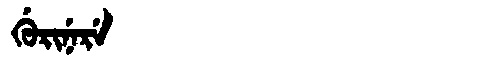
Manchu: ᡤᡠᡵᡳᠨᡝᡵᡝ
Romanization: GURINERE